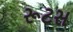
રૂટસ